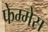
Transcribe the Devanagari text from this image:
फेम्मेस